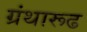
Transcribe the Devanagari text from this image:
ग्रंथारूढ